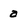
Character: a